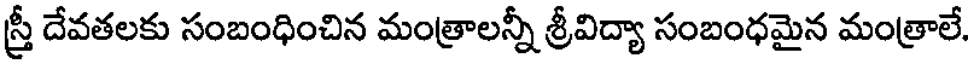
స్త్రీ దేవతలకు సంబంధించిన మంత్రాలన్నీ శ్రీవిద్యా సంబంధమైన మంత్రాలే.